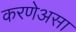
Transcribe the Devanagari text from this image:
करणेअसा